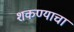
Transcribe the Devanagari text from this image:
शकण्याचा